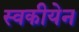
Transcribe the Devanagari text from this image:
स्वकीयेन